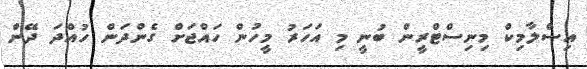
އިސްލާމިކް މިނިސްޓްރީން ބުނީ މި އަހަރު މީހުން ހައްޖަށް ގެންދަން ހުއްދަ ދޭން